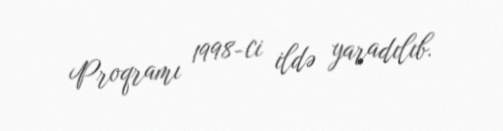
Proqramı 1998-ci ildə yaradılıb.